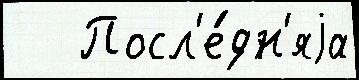
   Посл'е́дн'яjа